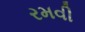
રમવી